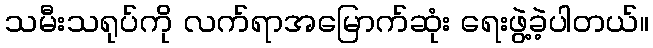
သမီးသရုပ်ကို လက်ရာအမြောက်ဆုံး ရေးဖွဲ့ခဲ့ပါတယ်။